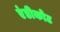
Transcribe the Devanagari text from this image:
एंडीकोट